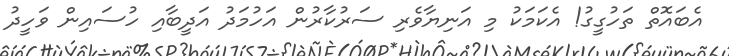
އެބައޮތް ތަހުގީގު! އެކަމަކު މި އަނިޔާވެރި ސަރުކާރުން އަހުމަދު އަދީބާއި ހުސައިން ވަހީދު